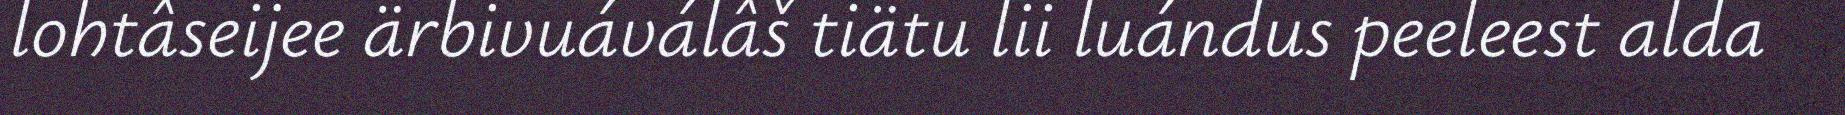
lohtâseijee ärbivuáválâš tiätu lii luándus peeleest alda